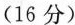
（16分）